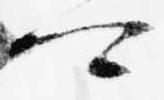
可